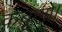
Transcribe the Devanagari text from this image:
कबूलो।